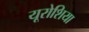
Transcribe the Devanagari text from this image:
यूरोशिया